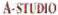
A-STUDIO